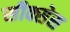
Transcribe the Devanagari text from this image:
सीक्सेस